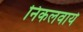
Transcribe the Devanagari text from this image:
निकलवाये